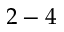
2 - 4